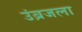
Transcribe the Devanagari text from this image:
उंब्रजला